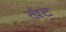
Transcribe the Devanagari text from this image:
खंट